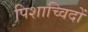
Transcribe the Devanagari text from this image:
पिशाच्विदों